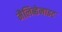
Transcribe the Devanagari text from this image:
मैलिब्डेनाइट